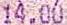
14.00